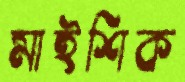
মাইশিক